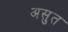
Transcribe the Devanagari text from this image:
असुत